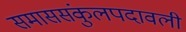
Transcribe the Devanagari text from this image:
समाससंकुलपदावली